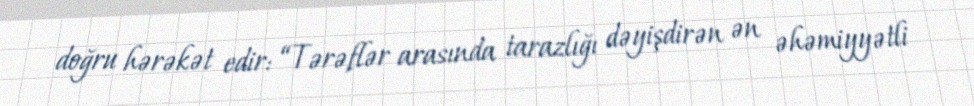
doğru hərəkət edir: “Tərəflər arasında tarazlığı dəyişdirən ən əhəmiyyətli